Scottish Leaving Certificate Examination, 1959
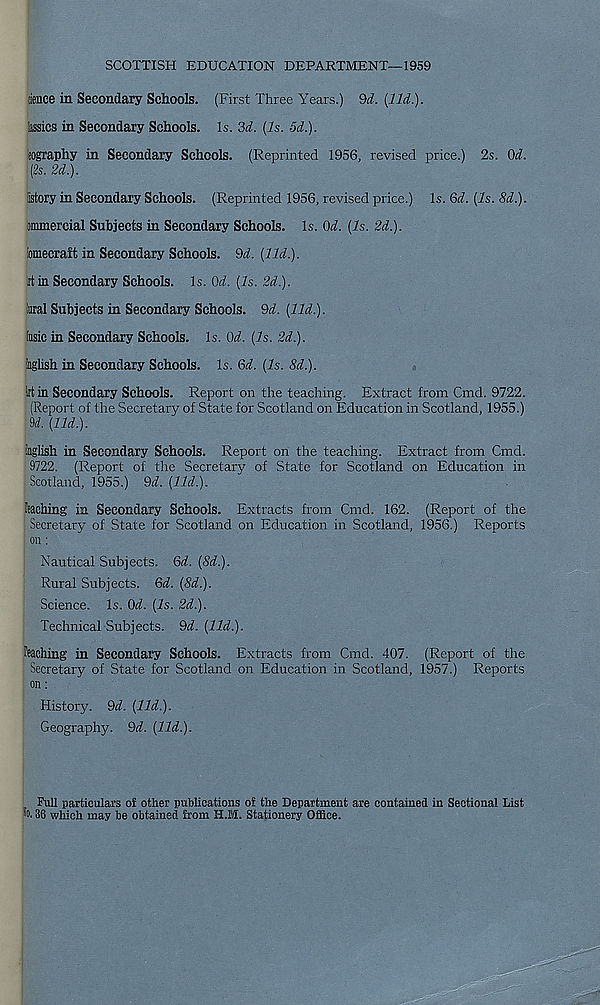
SCOTTISH EDUCATION DEPARTMENT—1959
lienee in Secondary Schools. (First Three Years.) M. {lid.).
lassies in Secondary Schools. Is. 3d. {Is. 5d.).
jography in Secondary Schools. (Reprinted 1956, revised price.) 2s. ()d.
(2s. 2d.).
iistory in Secondary Schools. (Reprinted 1956, revised price.) Is. Gd. {Is. 8d.).
ammercial Subjects in Secondary Schools. Is. Qd. {Is. 2d.).
lomecralt in Secondary Schools. Sd. {lid.).
it in Secondary Schools. Is. Qd. {Is. 2d.).
iural Subjects in Secondary Schools. 9d. {lid.).
lusic in Secondary Schools. Is. Od. {Is. 2d.).
inglish in Secondary Schools. Is. Gd. {Is. 8d.).
lit in Secondary Schools. Report on the teaching. Extract from Cmd. 9722.
(Report of the Secretary of State for Scotland on Education in Scotland, 1955.)
M. {lid.).
fflglish in Secondary Schools. Report on the teaching. Extract from Cmd.
9722. (Report of the Secretary of State for Scotland on Education in
Scotland, 1955.) 9d. {lid.).
leaching in Secondary Schools. Extracts from Cmd. 162. (Report of the
Secretary of State for Scotland on Education in Scotland, 1956.) Reports
on:
Nautical Subjects. Gd. {8d.).
Rural Subjects. Gd. {8d.).
Science. Is. Gd. {Is. 2d.).
Technical Subjects. 9a!. {lid.).
teaching in Secondary Schools. Extracts from Cmd. 407. (Report of the
Secretary of State for Scotland on Education in Scotland, 1957.) Reports
on:
History. 9d. {lid.).
Geography. 9d. {lid.).
Full particulars o£ other publications of the Department are contained in Sectional List
"o. 36 which may be obtained from H.M. Stationery Office.